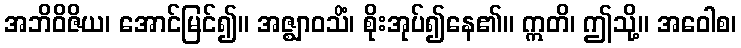
အဘိဝိဇိယ၊ အောင်မြင်၍။ အဇ္ဈာဝသိံ၊ စိုးအုပ်၍နေ၏။ ဣတိ၊ ဤသို့။ အဝေါစ၊